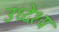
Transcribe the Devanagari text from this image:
उध्देश्य